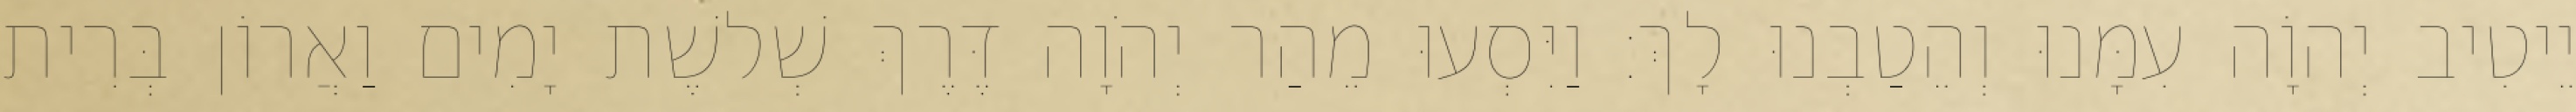
יֵיטִיב יְהוָֹה עִמָּנוּ וְהֵטַבְנוּ לָךְ׃ וַיִּסְעוּ מֵהַר יְהֹוָה דֶּרֶךְ שְׁלשֶׁת יָמִים וַאֲרוֹן בְּרִית